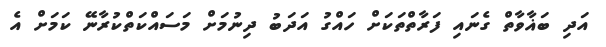
އަދި ބަޣާވާތް ގެނައި ފަރާތްތަކަށް ހައްގު އަދަބު ދިނުމަށް މަސައްކަތްކުރާނޭ ކަމަށް އެ